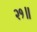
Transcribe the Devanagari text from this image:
२१॥